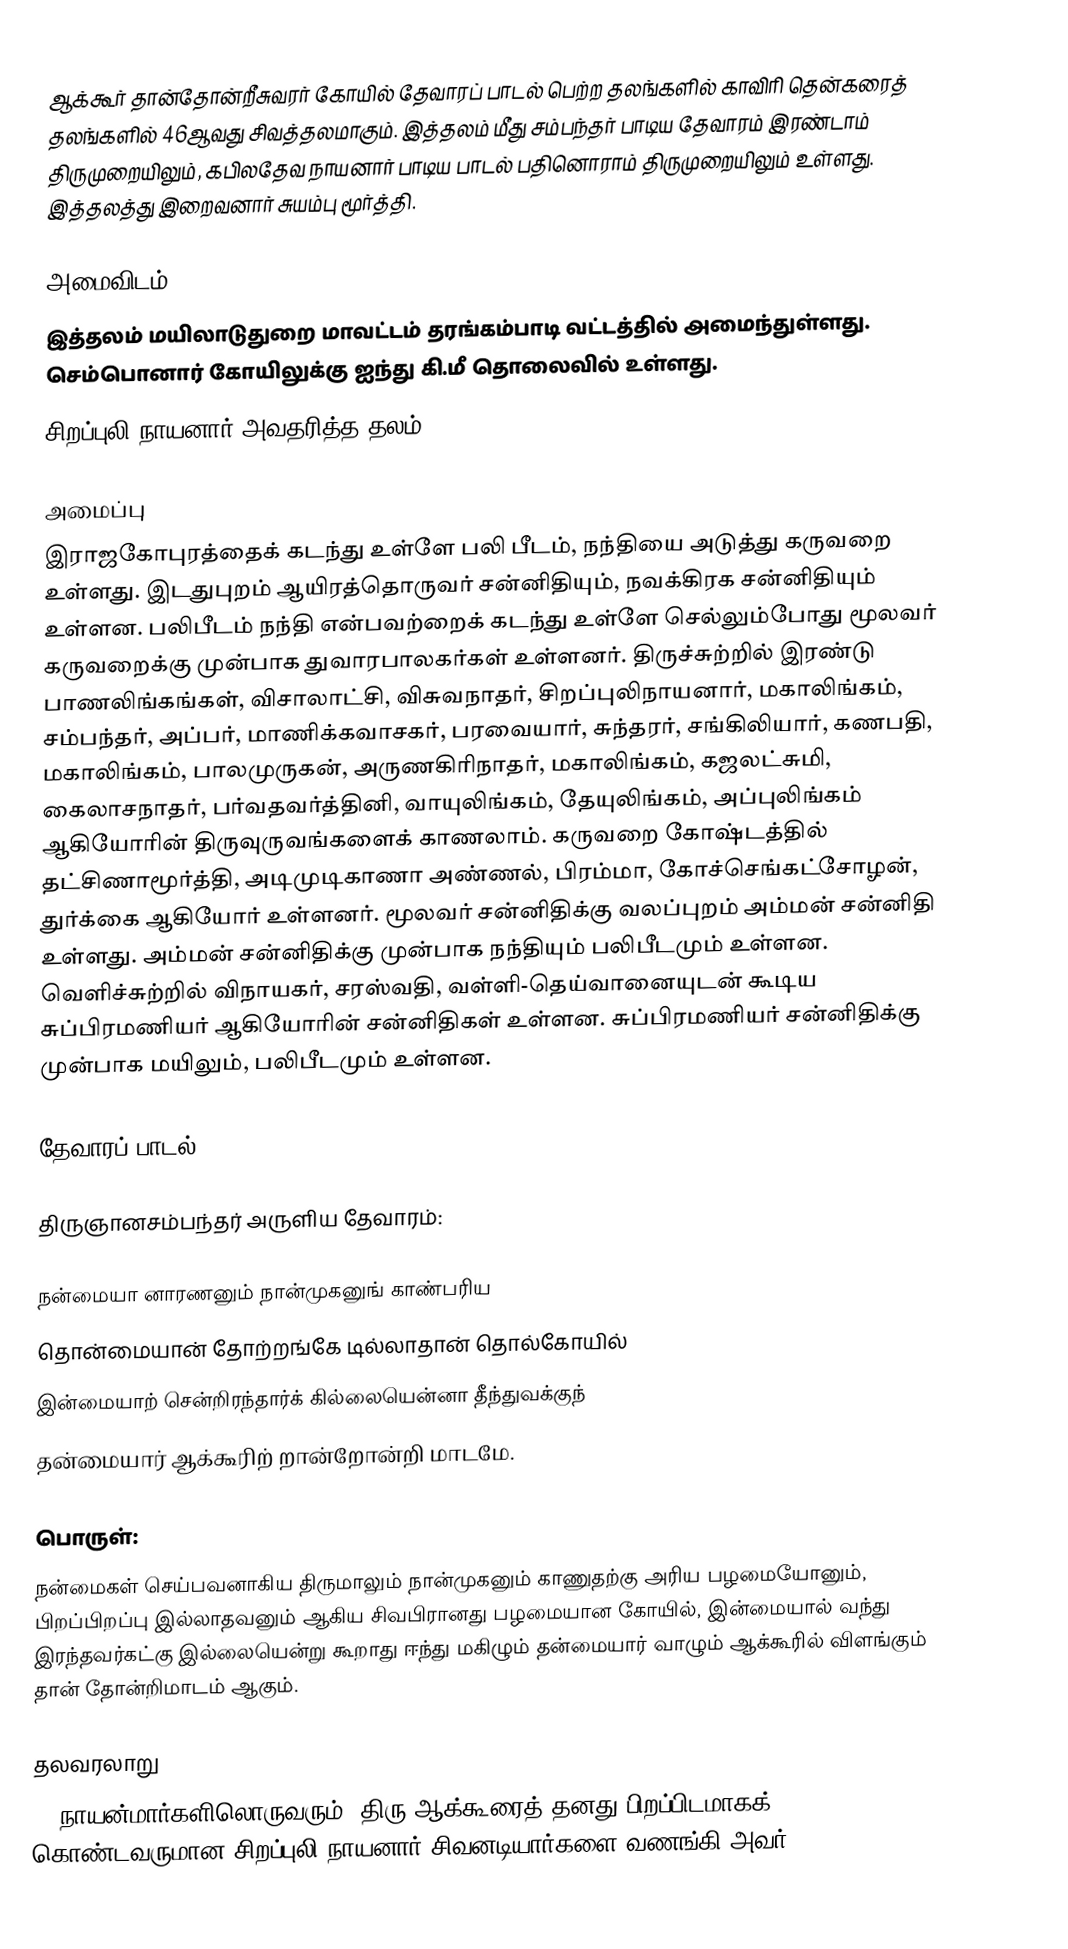
ஆக்கூர் தான்தோன்றீசுவரர் கோயில் தேவாரப் பாடல் பெற்ற தலங்களில் காவிரி தென்கரைத் தலங்களில் 46ஆவது சிவத்தலமாகும். இத்தலம் மீது சம்பந்தர் பாடிய தேவாரம் இரண்டாம் திருமுறையிலும்,  கபிலதேவ நாயனார் பாடிய பாடல் பதினொராம் திருமுறையிலும் உள்ளது. இத்தலத்து இறைவனார் சுயம்பு மூர்த்தி.

அமைவிடம்
இத்தலம் மயிலாடுதுறை மாவட்டம்  தரங்கம்பாடி வட்டத்தில் அமைந்துள்ளது. செம்பொனார் கோயிலுக்கு ஐந்து கி.மீ தொலைவில் உள்ளது.
சிறப்புலி நாயனார் அவதரித்த தலம்.

அமைப்பு
இராஜகோபுரத்தைக் கடந்து உள்ளே பலி பீடம், நந்தியை அடுத்து கருவறை உள்ளது. இடதுபுறம் ஆயிரத்தொருவர் சன்னிதியும், நவக்கிரக சன்னிதியும் உள்ளன. பலிபீடம் நந்தி என்பவற்றைக் கடந்து உள்ளே செல்லும்போது மூலவர் கருவறைக்கு முன்பாக துவாரபாலகர்கள் உள்ளனர். திருச்சுற்றில் இரண்டு பாணலிங்கங்கள், விசாலாட்சி, விசுவநாதர், சிறப்புலிநாயனார், மகாலிங்கம், சம்பந்தர், அப்பர், மாணிக்கவாசகர், பரவையார், சுந்தரர், சங்கிலியார், கணபதி, மகாலிங்கம், பாலமுருகன், அருணகிரிநாதர், மகாலிங்கம், கஜலட்சுமி, கைலாசநாதர், பர்வதவர்த்தினி, வாயுலிங்கம், தேயுலிங்கம், அப்புலிங்கம் ஆகியோரின் திருவுருவங்களைக் காணலாம். கருவறை கோஷ்டத்தில் தட்சிணாமூர்த்தி, அடிமுடிகாணா அண்ணல், பிரம்மா, கோச்செங்கட்சோழன், துர்க்கை ஆகியோர் உள்ளனர். மூலவர் சன்னிதிக்கு வலப்புறம் அம்மன் சன்னிதி உள்ளது. அம்மன் சன்னிதிக்கு முன்பாக நந்தியும் பலிபீடமும் உள்ளன. வெளிச்சுற்றில் விநாயகர், சரஸ்வதி, வள்ளி-தெய்வானையுடன் கூடிய சுப்பிரமணியர் ஆகியோரின் சன்னிதிகள் உள்ளன. சுப்பிரமணியர் சன்னிதிக்கு முன்பாக மயிலும், பலிபீடமும் உள்ளன.

தேவாரப் பாடல்

திருஞானசம்பந்தர் அருளிய தேவாரம்:

நன்மையா னாரணனும் நான்முகனுங் காண்பரிய
தொன்மையான் தோற்றங்கே டில்லாதான் தொல்கோயில்
இன்மையாற் சென்றிரந்தார்க் கில்லையென்னா தீந்துவக்குந்
தன்மையார் ஆக்கூரிற் றான்றோன்றி மாடமே.

பொருள்:
நன்மைகள் செய்பவனாகிய திருமாலும் நான்முகனும் காணுதற்கு அரிய பழமையோனும், பிறப்பிறப்பு இல்லாதவனும் ஆகிய சிவபிரானது பழமையான கோயில், இன்மையால் வந்து இரந்தவர்கட்கு இல்லையென்று கூறாது ஈந்து மகிழும் தன்மையார் வாழும் ஆக்கூரில் விளங்கும் தான் தோன்றிமாடம் ஆகும்.

தலவரலாறு
63 நாயன்மார்களிலொருவரும், திரு ஆக்கூரைத் தனது பிறப்பிடமாகக் கொண்டவருமான சிறப்புலி நாயனார் சிவனடியார்களை வணங்கி அவர்